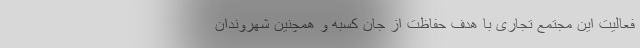
فعالیت این مجتمع تجاری با هدف حفاظت از جان کسبه و همچنین شهروندان